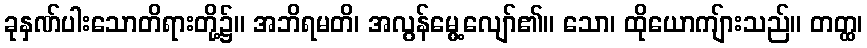
ခုနှဏ်ပါးသောတိရားတို့၌။ အဘိရမတိ၊ အလွန်မွေ့လျော်၏။ သော၊ ထိုယောကျ်ားသည်။ တတ္ထ၊